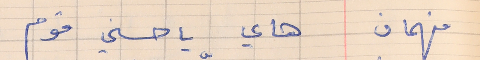
فهمان     هاي يا حسني قوم